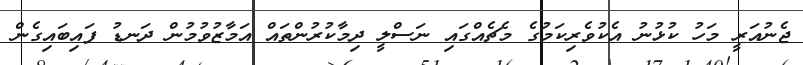
ޖެނުއަރީ މަހު ކުޅުނު އެކުވެރިކަމުގެ މެޗެއްގައި ނަސްލީ ދިމާކުރުންތައް އަމާޒުވުމުން ދަނޑު ފައިބައިގެން